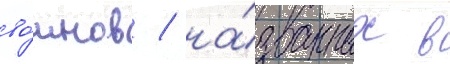
во́инов / на́званных в